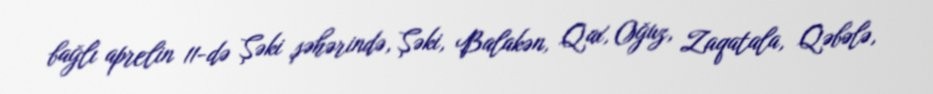
bağlı aprelin 11-də Şəki şəhərində, Şəki, Balakən, Qax, Oğuz, Zaqatala, Qəbələ,